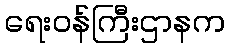
ရေးဝန်ကြီးဌာနက